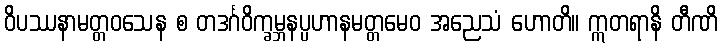
ဝိပဿနာမတ္တဝသေန စ တဒင်္ဂဝိက္ခမ္ဘနပ္ပဟာနမတ္တမေဝ အညေသံ ဟောတိ။ ဣတရာနိ တီဏိ